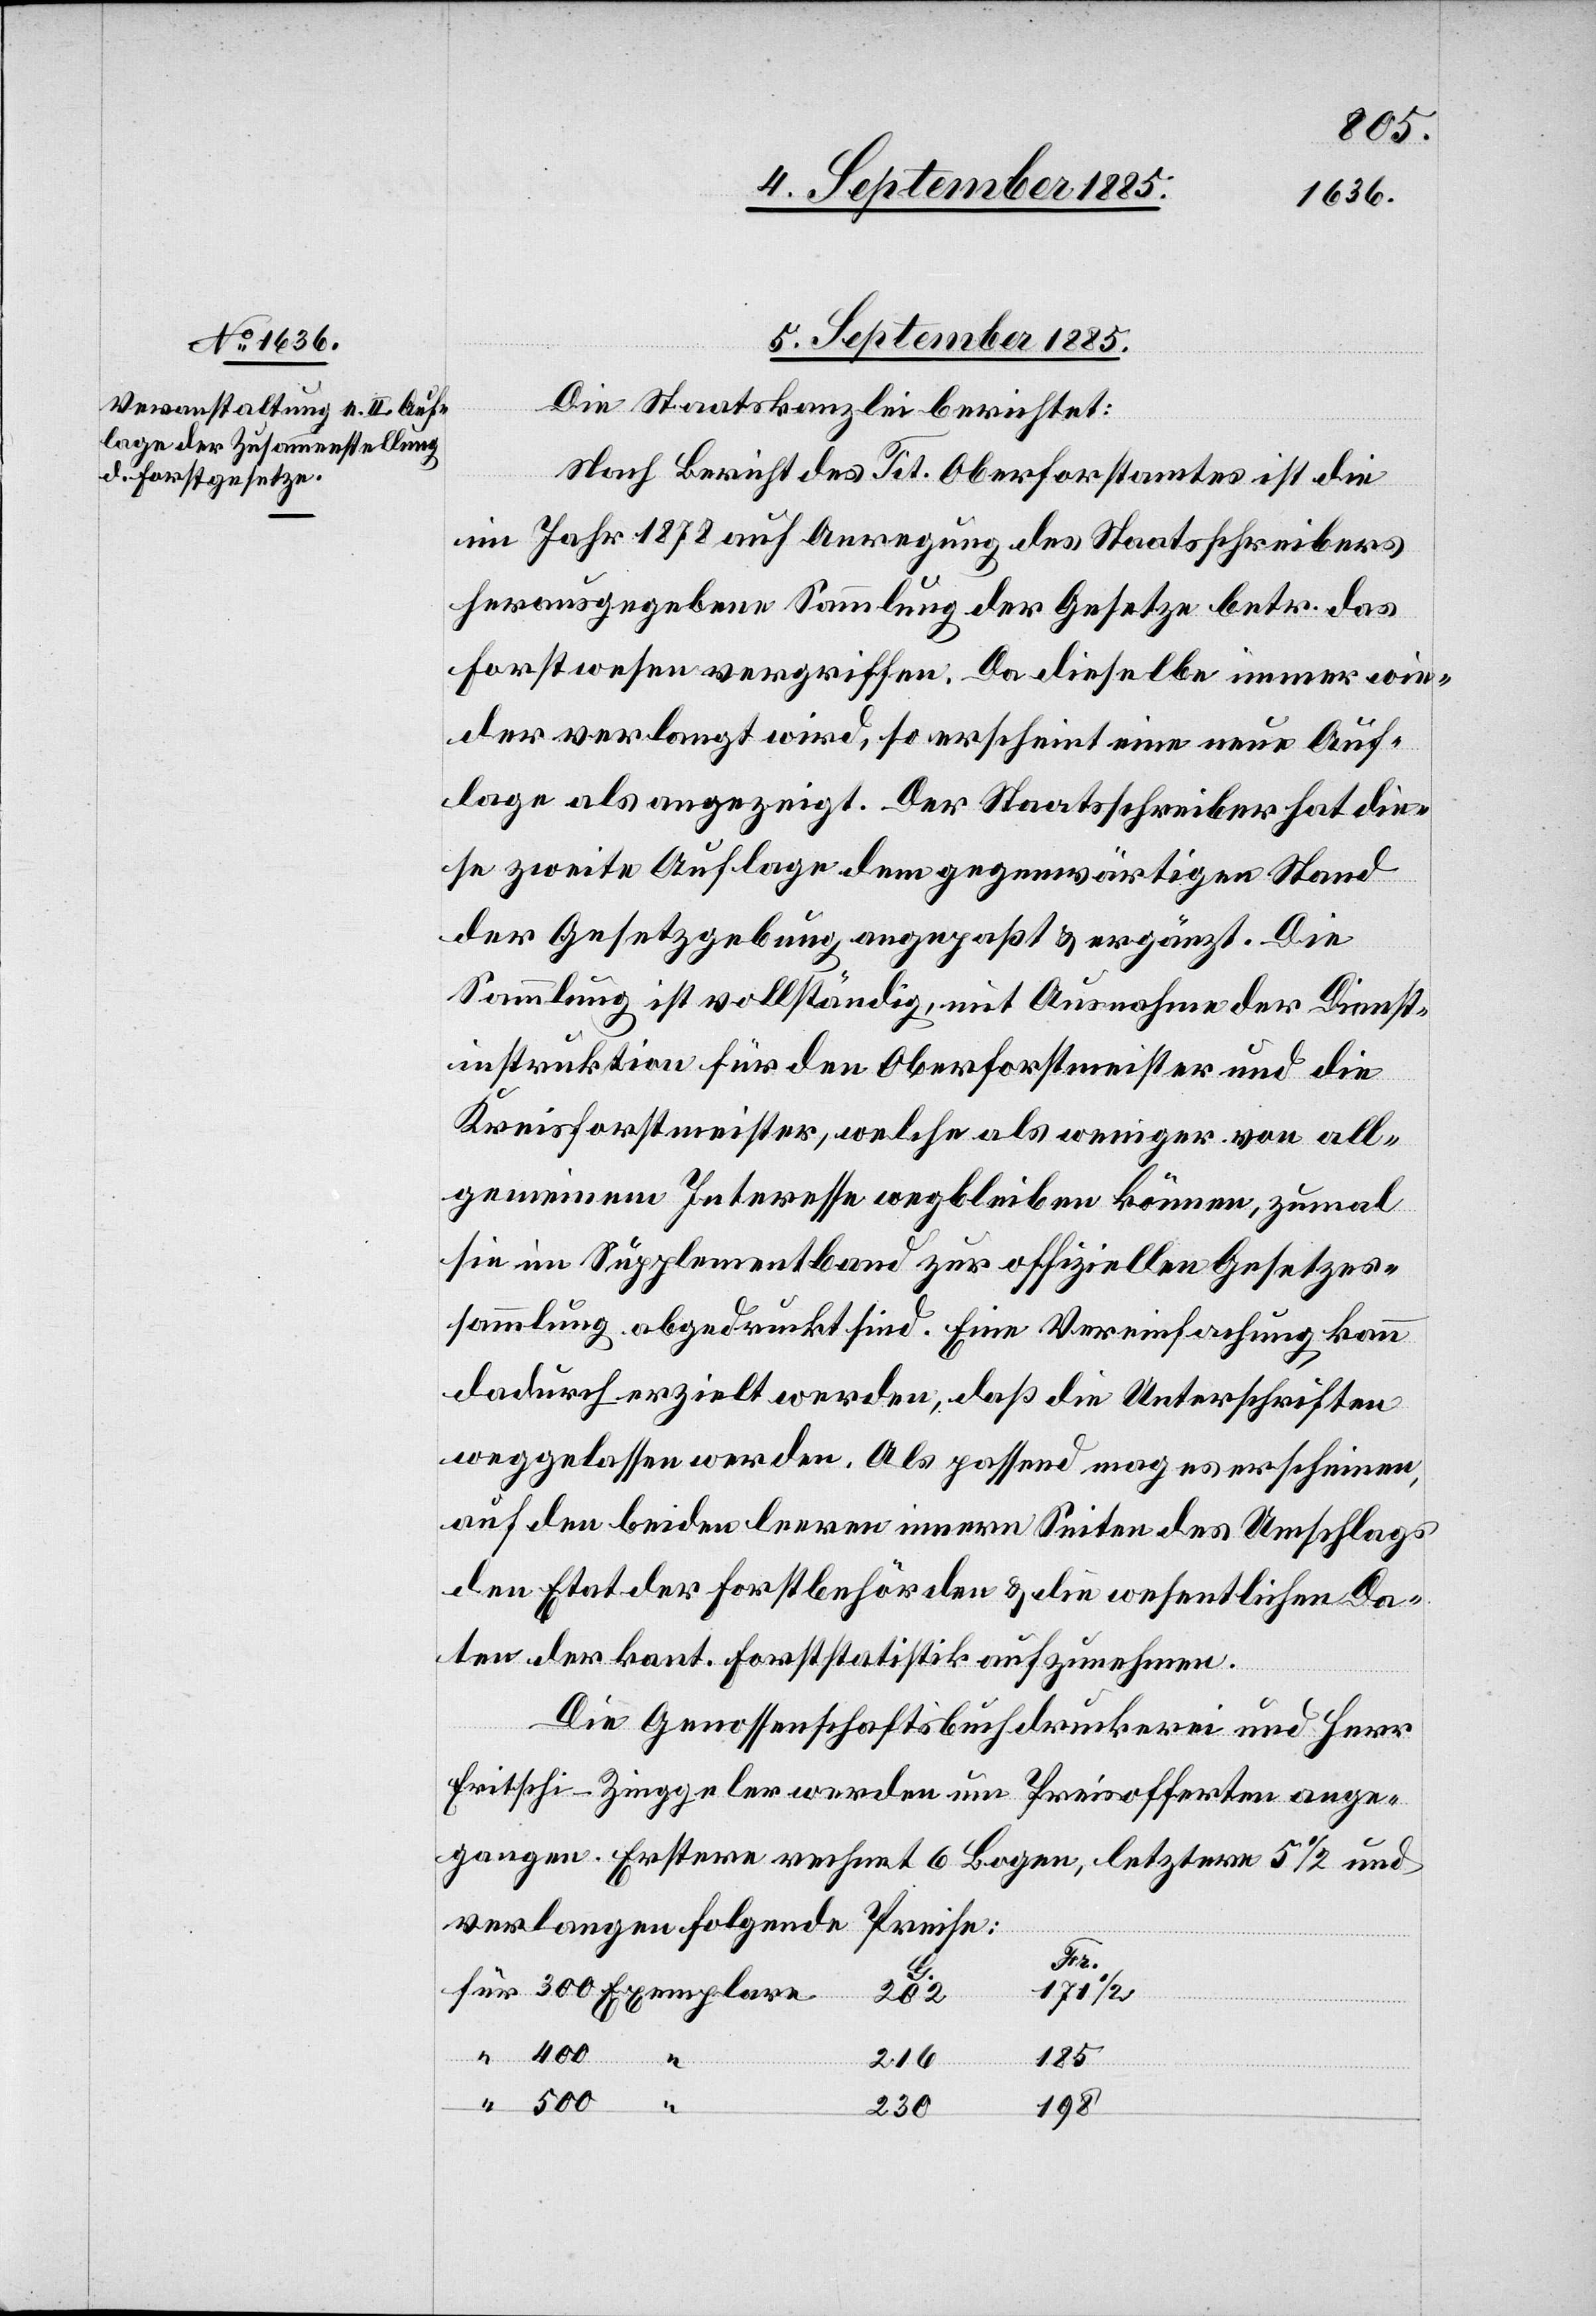
5. September 1885.
Die Staatskanzlei berichtet:
Nach Bericht des Tit. Oberforstamtes ist die
im Jahr 1878 auf Anregung des Staatsschreibers
herausgegebene Sammlung der Gesetze betr. das
Forstwesen vergriffen. Da dieselbe immer wie¬
der verlangt wird, so erscheint eine neue Auf¬
lage als angezeigt. Der Staatsschreiber hat die¬
se zweite Auflage dem gegenwärtigen Stand
der Gesetzgebung angepaßt & ergänzt. Die
Sammlung ist vollständig, mit Ausnahme der Dienst¬
instruktion für den Oberforstmeister und die
Kreisforstmeister, welche als weniger von all¬
gemeinem Interesse wegbleiben können, zumal
sie im Supplementband zur offiziellen Gesetzes¬
sammlung abgedruckt sind. Eine Vereinfachung kann
dadurch erzielt werden, daß die Unterschriften
weggelassen werden. Als passend mag es erscheinen,
auf den beiden leeren innern Seiten des Umschlages
den Etat der Forstbehörden & die wesentlichen Da¬
ten der kant. Forststatistik aufzunehmen.
Die Genossenschaftsbuchdruckerei und Herr
Fritschi-Zinggeler werden um Preisofferten ange¬
gangen. Erstere rechnet 6 Bogen, letztere 5 1/2 und
verlangen folgende Preise:
Fr.
172 1/2
185
216
198
230